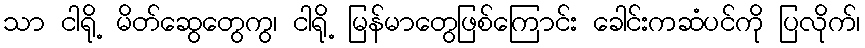
သာ ငါရို့ မိတ်ဆွေတွေကွ၊ ငါရို့ မြန်မာတွေဖြစ်ကြောင်း ခေါင်းကဆံပင်ကို ပြလိုက်၊